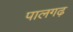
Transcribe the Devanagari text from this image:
पालगढ़